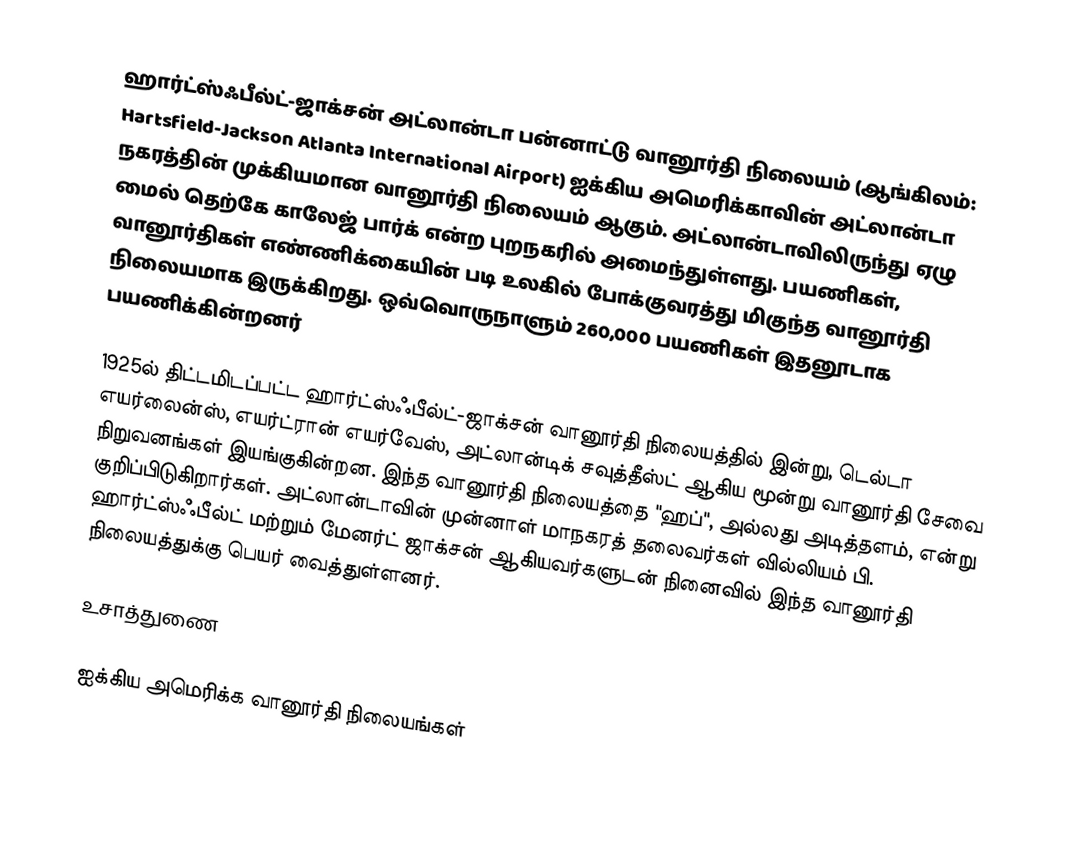
ஹார்ட்ஸ்ஃபீல்ட்-ஜாக்சன் அட்லான்டா பன்னாட்டு வானூர்தி நிலையம் (ஆங்கிலம்: Hartsfield-Jackson Atlanta International Airport) ஐக்கிய அமெரிக்காவின் அட்லான்டா நகரத்தின் முக்கியமான வானூர்தி நிலையம் ஆகும். அட்லான்டாவிலிருந்து ஏழு மைல் தெற்கே காலேஜ் பார்க் என்ற புறநகரில் அமைந்துள்ளது. பயணிகள், வானூர்திகள் எண்ணிக்கையின் படி உலகில் போக்குவரத்து மிகுந்த வானூர்தி நிலையமாக இருக்கிறது. ஒவ்வொருநாளும் 260,000 பயணிகள் இதனூடாக பயணிக்கின்றனர்

1925ல் திட்டமிடப்பட்ட ஹார்ட்ஸ்ஃபீல்ட்-ஜாக்சன் வானூர்தி நிலையத்தில் இன்று, டெல்டா எயர்லைன்ஸ், எயர்ட்ரான் எயர்வேஸ், அட்லான்டிக் சவுத்தீஸ்ட் ஆகிய மூன்று வானூர்தி சேவை நிறுவனங்கள் இயங்குகின்றன. இந்த வானூர்தி நிலையத்தை "ஹப்", அல்லது அடித்தளம், என்று குறிப்பிடுகிறார்கள். அட்லான்டாவின் முன்னாள் மாநகரத் தலைவர்கள் வில்லியம் பி. ஹார்ட்ஸ்ஃபீல்ட் மற்றும் மேனர்ட் ஜாக்சன் ஆகியவர்களுடன் நினைவில் இந்த வானூர்தி நிலையத்துக்கு பெயர் வைத்துள்ளனர்.

உசாத்துணை

ஐக்கிய அமெரிக்க வானூர்தி நிலையங்கள்